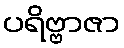
ပရိဗ္ဗာဇာ